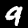
Digit: 9